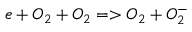
e + O _ { 2 } + O _ { 2 } = > O _ { 2 } + O _ { 2 } ^ { - }